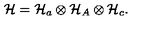
{ \cal H } = { \cal H } _ { a } \otimes { \cal H } _ { A } \otimes { \cal H } _ { c } .